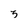
Character: 3